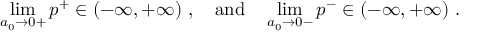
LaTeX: \operatorname * { l i m } _ { a _ { 0 } \to 0 + } p ^ { + } \in ( - \infty , + \infty ) ~ , \quad \mathrm { a n d } \quad \operatorname * { l i m } _ { a _ { 0 } \to 0 - } p ^ { - } \in ( - \infty , + \infty ) ~ .